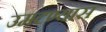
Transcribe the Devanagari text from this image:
उमटण्यास